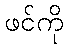
ဖင်ကို